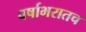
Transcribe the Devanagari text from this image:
वर्षाभरातच